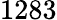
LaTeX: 1283